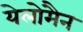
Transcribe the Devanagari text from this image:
येलोमैन